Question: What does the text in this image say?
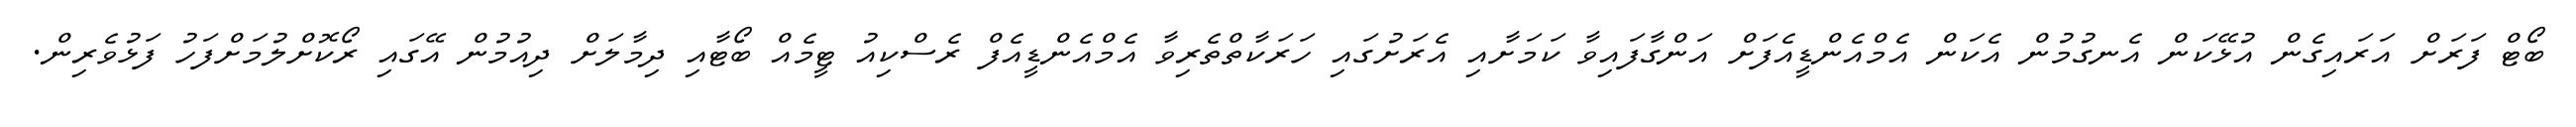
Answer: ބޯޓް ފަރަށް އަރައިގެން އުޅޭކަން އެނގުމުން އެކަން އެމްއެންޑީއެފަށް އަންގާފައިވާ ކަމަށާއި އެރަށުގައި ހަރަކާތްތެރިވާ އެމްއެންޑީއެފް ރެސްކިއު ޓީމެއް ބޯޓާއި ދިމާލަށް ދިއުމުން އޭގައި ރޯކޮށްލުމަށްފަހު ފަޅުވެރިން.